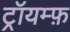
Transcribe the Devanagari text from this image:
ट्रॉयम्फ़